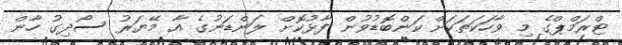
ޓްރަމްޕްގެ މި ވާހަކަތަކަށް ކަންބޮޑުވުން ފާޅުކޮށް ލަންޑަނުގެ އާ މޭޔަރު ސޯދިގު ހާން